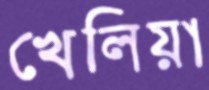
খেলিয়া